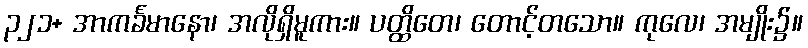
၃၂၁+ အာကင်္ခမာနော၊ အလိုရှိမူကား။ ပတ္ထိတေ၊ တောင့်တသော။ ကုလေ၊ အမျိုး၌။